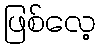
ဖြစ်လေ့